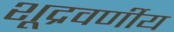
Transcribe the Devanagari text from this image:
शूद्रवर्णीय